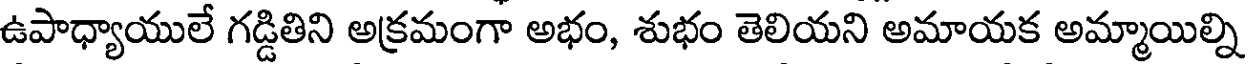
ఉపాధ్యాయులే గడ్డితిని అక్రమంగా అభం, శుభం తెలియని అమాయక అమ్మాయిల్ని